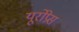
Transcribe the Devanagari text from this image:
यूरोप्रेस